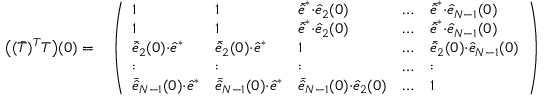
\begin{array} { r l } { \big ( ( \bar { T } ) ^ { T } T \big ) ( 0 ) = } & { { } \left( \begin{array} { l l l l l } { 1 } & { 1 } & { \bar { \hat { e } } ^ { * } { \cdot } \hat { e } _ { 2 } ( 0 ) } & { \dots } & { \bar { \hat { e } } ^ { * } { \cdot } \hat { e } _ { N - 1 } ( 0 ) } \\ { 1 } & { 1 } & { \bar { \hat { e } } ^ { * } { \cdot } \hat { e } _ { 2 } ( 0 ) } & { \dots } & { \bar { \hat { e } } ^ { * } { \cdot } \hat { e } _ { N - 1 } ( 0 ) } \\ { \bar { \hat { e } } _ { 2 } ( 0 ) { \cdot } \hat { e } ^ { * } } & { \bar { \hat { e } } _ { 2 } ( 0 ) { \cdot } \hat { e } ^ { * } } & { 1 } & { \dots } & { \bar { \hat { e } } _ { 2 } ( 0 ) { \cdot } \hat { e } _ { N - 1 } ( 0 ) } \\ { : } & { : } & { : } & { \dots } & { : } \\ { \bar { \hat { e } } _ { N - 1 } ( 0 ) { \cdot } \hat { e } ^ { * } } & { \bar { \hat { e } } _ { N - 1 } ( 0 ) { \cdot } \hat { e } ^ { * } } & { \bar { \hat { e } } _ { N - 1 } ( 0 ) { \cdot } \hat { e } _ { 2 } ( 0 ) } & { \dots } & { 1 } \end{array} \right) \, , } \end{array}